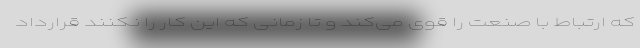
که ارتباط با صنعت را قوی می‌کند و تا زمانی که این کار را نکنند قرارداد